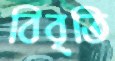
বিবৃতি